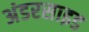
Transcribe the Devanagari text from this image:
अंडरसाइड